Malaria in the Andamans - Number 56
Disease focus: Malaria
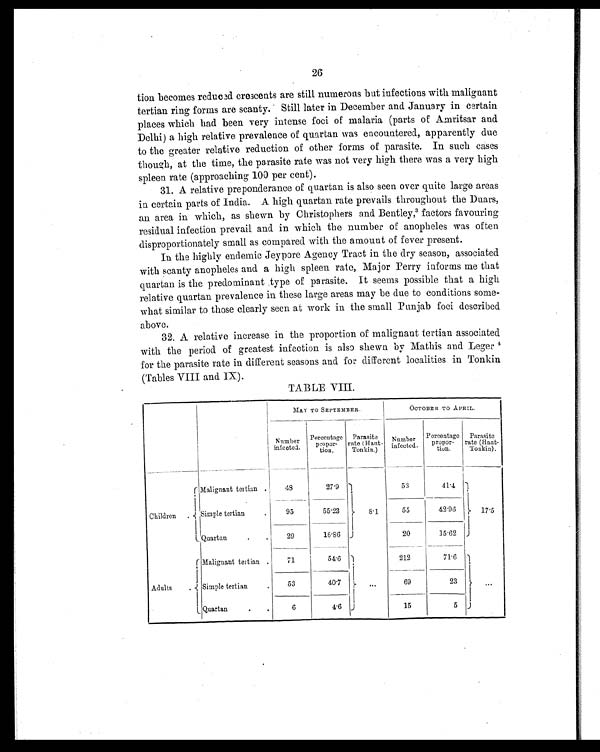
26
tion becomes reduced crescents are still numerous but infections with malignant
tertian ring forms are scanty. Still later in December and January in certain
places which had been very intense foci of malaria (parts of Amritsar and
Delhi) a high relative prevalence of quartan was encountered, apparently due
to the greater relative reduction of other forms of parasite. In such cases
though, at the time, the parasite rate was not very high there was a very high
spleen rate (approaching 100 per cent).
31. A relative preponderance of quartan is also seen over quite large areas
in certain parts of India. A high quartan rate prevails throughout the Duars,
an area in which, as shewn by Christophers and Bentley, 3 f a c t o r s f a v o u r i n g
residual infection prevail and in which the number of anopheles was often
disproportionately small as compared with the amount of fever present.
In the highly endemic Jeypore Agency Tract in the dry season, associated
with scanty anopheles and a high spleen rate, Major Perry informs me that
quartan is the predominant type of parasite. It seems possible that a high
relative quartan prevalence in these large areas may be due to conditions some-
what similar to those clearly seen at work in the small Punjab foci described
above.
32. A relative increase in the proportion of malignant tertian associated
with the period of greatest infection is also shewn by Mathis and Leger 4
for the parasite rate in different seasons and for different localities in Tonkin
(Tables VIII and IX).
TABLE VIII.
MAY TO SEPTEMBER.
OCTOBER TO APRIL.
Number
infected.
Percentage
propor-
tion.
Parasite
rate (Haut
- T o n k i n . )
Number
infected.
Percentage
propor
-tion.
Parasite
rate (Haut-
Tonkin).
Children
Malignant tertian
48
27.9
8.1
53
41.4
17.5
Simple tertian
.
95
55.23
55
42.96
Quartan
29
16.86
20
15.62
Adults
Maliguant tertian
71
54.6 ...
212
71.6 ...
Simple tertian
.
53
40.7
69
23
Quartan
. .
6
4.6
15
5